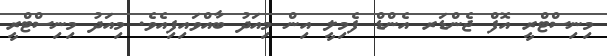
މިނިސްޓްރީ އޮފް ޖެންޑަރ އެންޑް ފެމިލީ އިން މިއަދު ބާއްވައިފިއެވެ. މިއަދު މިނިސްޓްރީ